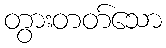
တွားတတ်သော